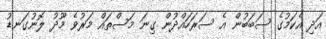
އަދި އެކަމުގެ ސަބަބުން އެ ސަރަހައްދުން ގިނަ މަސްތައް މަރުވެ މޫދު ލޮނުގަނޑު